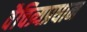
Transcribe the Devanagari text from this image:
वैचित्र्यप्रधान